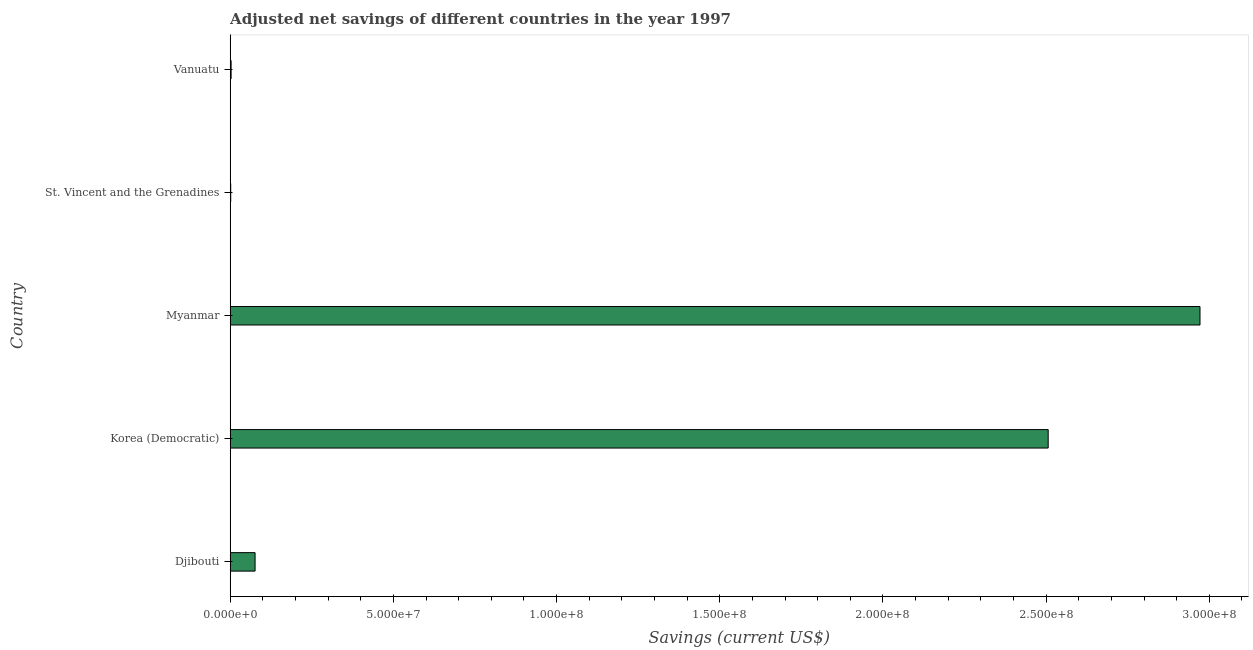
| Country | Adjusted savings: particulate emission damage (current US$) |
 | --- | --- |
 | Djibouti | 7.63e+06 |
 | Korea (Democratic) | 2.51e+08 |
 | Myanmar | 2.97e+08 |
 | St. Vincent and the Grenadines | 1.61e+05 |
 | Vanuatu | 2.82e+05 |